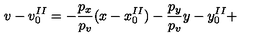
v - v _ { 0 } ^ { I I } = - \frac { p _ { x } } { p _ { v } } ( x - x _ { 0 } ^ { I I } ) - \frac { p _ { y } } { p _ { v } } y - y _ { 0 } ^ { I I } +